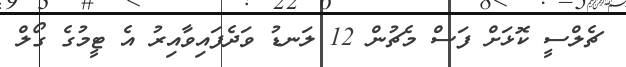
ޗެލްސީ ކޮޅަށް ފަސް މެޗުން 12 ލަނޑު ވަދެފައިވާއިރު އެ ޓީމުގެ ގޯލް